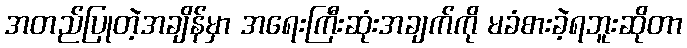
အတည်ပြုတဲ့အချိန်မှာ အရေးကြီးဆုံးအချက်ကို မခံစားခဲ့ရဘူးဆိုတာ